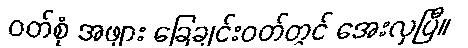
ဝတ်စုံ အဖျား ခြေချင်းဝတ်တွင် အေးလှပြီ။